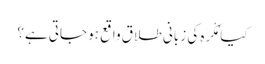
کیا مُکْرَہ کی زبانی طلاق واقع ہو جاتی ہے؟